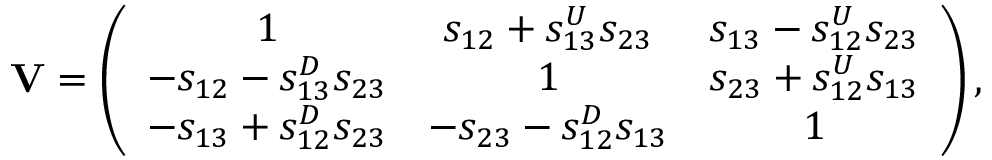
{ \bf V } = \left( \begin{array} { c c c } { { 1 } } & { { s _ { 1 2 } + s _ { 1 3 } ^ { U } s _ { 2 3 } } } & { { s _ { 1 3 } - s _ { 1 2 } ^ { U } s _ { 2 3 } } } \\ { { - s _ { 1 2 } - s _ { 1 3 } ^ { D } s _ { 2 3 } } } & { { 1 } } & { { s _ { 2 3 } + s _ { 1 2 } ^ { U } s _ { 1 3 } } } \\ { { - s _ { 1 3 } + s _ { 1 2 } ^ { D } s _ { 2 3 } } } & { { - s _ { 2 3 } - s _ { 1 2 } ^ { D } s _ { 1 3 } } } & { { 1 } } \end{array} \right) ,